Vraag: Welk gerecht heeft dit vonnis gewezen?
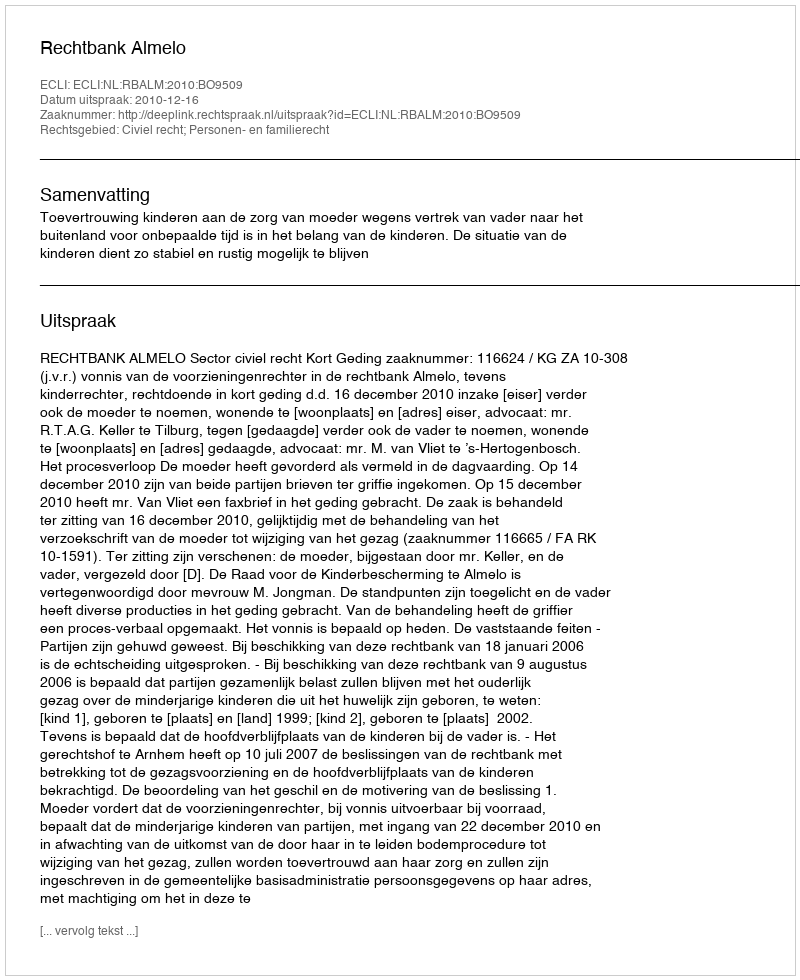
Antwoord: Rechtbank Almelo